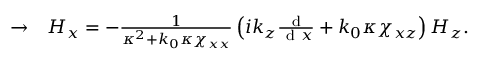
\begin{array} { r l } { \rightarrow } & { { } H _ { x } = - \frac { 1 } { \kappa ^ { 2 } + k _ { 0 } \kappa \chi _ { x x } } \left( i k _ { z } \frac { \mathrm { ~ d ~ } } { \mathrm { ~ d ~ } x } + k _ { 0 } \kappa \chi _ { x z } \right) H _ { z } . } \end{array}